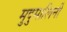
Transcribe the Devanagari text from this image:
मुदुमालिनी